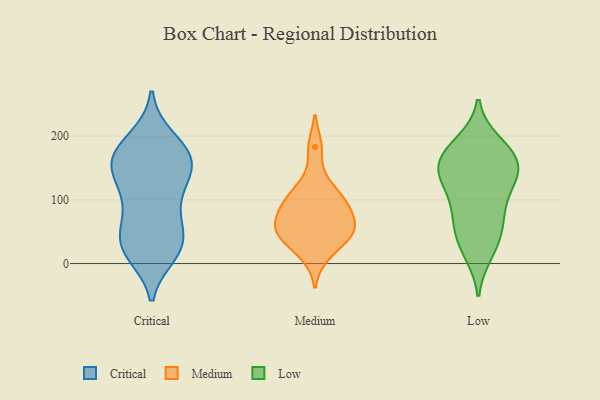
{"axis": {"x": "Waste Production (Tons)", "y": "Value"}, "legend": ["Critical", "Low", "Medium"], "data": [{"x": "", "y": 138, "type": "Critical"}, {"x": "", "y": 31, "type": "Critical"}, {"x": "", "y": 36, "type": "Critical"}, {"x": "", "y": 126, "type": "Critical"}, {"x": "", "y": 20, "type": "Critical"}, {"x": "", "y": 70, "type": "Critical"}, {"x": "", "y": 169, "type": "Critical"}, {"x": "", "y": 70, "type": "Critical"}, {"x": "", "y": 161, "type": "Critical"}, {"x": "", "y": 160, "type": "Critical"}, {"x": "", "y": 190, "type": "Critical"}, {"x": "", "y": 31, "type": "Critical"}, {"x": "", "y": 113, "type": "Critical"}, {"x": "", "y": 169, "type": "Critical"}, {"x": "", "y": 26, "type": "Critical"}, {"x": "", "y": 156, "type": "Critical"}, {"x": "", "y": 16, "type": "Critical"}, {"x": "", "y": 159, "type": "Critical"}, {"x": "", "y": 196, "type": "Critical"}, {"x": "", "y": 96, "type": "Critical"}, {"x": "", "y": 37, "type": "Medium"}, {"x": "", "y": 49, "type": "Medium"}, {"x": "", "y": 98, "type": "Medium"}, {"x": "", "y": 100, "type": "Medium"}, {"x": "", "y": 93, "type": "Medium"}, {"x": "", "y": 53, "type": "Medium"}, {"x": "", "y": 72, "type": "Medium"}, {"x": "", "y": 45, "type": "Medium"}, {"x": "", "y": 65, "type": "Medium"}, {"x": "", "y": 12, "type": "Medium"}, {"x": "", "y": 127, "type": "Medium"}, {"x": "", "y": 183, "type": "Medium"}, {"x": "", "y": 163, "type": "Low"}, {"x": "", "y": 21, "type": "Low"}, {"x": "", "y": 16, "type": "Low"}, {"x": "", "y": 148, "type": "Low"}, {"x": "", "y": 61, "type": "Low"}, {"x": "", "y": 190, "type": "Low"}, {"x": "", "y": 49, "type": "Low"}, {"x": "", "y": 174, "type": "Low"}, {"x": "", "y": 89, "type": "Low"}, {"x": "", "y": 164, "type": "Low"}, {"x": "", "y": 89, "type": "Low"}, {"x": "", "y": 137, "type": "Low"}, {"x": "", "y": 137, "type": "Low"}, {"x": "", "y": 116, "type": "Low"}, {"x": "", "y": 186, "type": "Low"}, {"x": "", "y": 131, "type": "Low"}, {"x": "", "y": 154, "type": "Low"}, {"x": "", "y": 56, "type": "Low"}]}